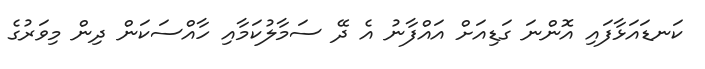
ކަނޑައަޅާފައި އޮންނަ ގަޑިއަށް އައްފާނު އެ ދޭ ސަމާލުކަމާއި ހާއްސަކަން ދިން މިވަރުގެ